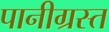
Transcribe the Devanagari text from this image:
पानीग्रस्त